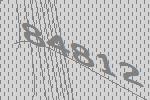
84812